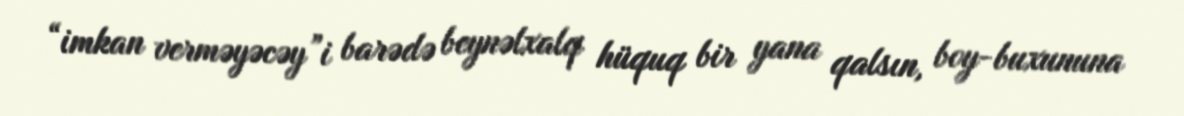
“imkan verməyəcəy”i barədə beynəlxalq hüquq bir yana qalsın, boy-buxununa